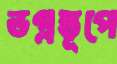
ভগ্নস্তূপে